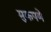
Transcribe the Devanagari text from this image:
मुकपणे